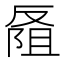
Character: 𪠭